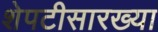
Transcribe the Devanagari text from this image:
शेपटीसारख्या